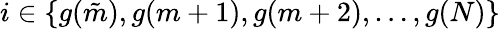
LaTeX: i\in\{ g(\tilde{m}),g(m+1),g(m+2),\ldots,g(N)\}